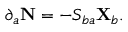
\partial _ { a } \mathbf { N } = - S _ { b a } \mathbf { X } _ { b } .